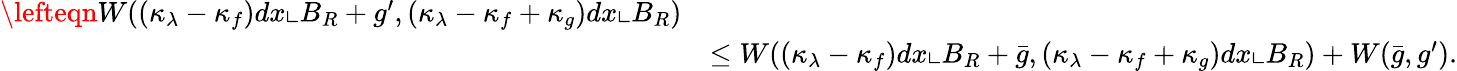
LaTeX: \begin{array}{rl}{\lefteqn{W((\kappa_{\lambda}-\kappa_{f})dx\llcorner B_{R}+g^{\prime},(\kappa_{\lambda}-\kappa_{f}+\kappa_{g})dx\llcorner B_{R})}}\\ &{\le W((\kappa_{\lambda}-\kappa_{f})dx\llcorner B_{R}+\bar{g},(\kappa_{\lambda}-\kappa_{f}+\kappa_{g})dx\llcorner B_{R})+W(\bar{g},g^{\prime}).}\end{array}